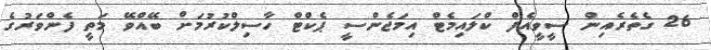
26 ގެތެރެއިން ސީވީއެފް ކްލައިމެޓް އިމަޖެންސީ ޕެކްޓް ހާސިލްކުރުމަށް ބޭއްވޭ މަތީ ފެންވަރުގެ